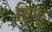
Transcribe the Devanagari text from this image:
ग्रिफ्